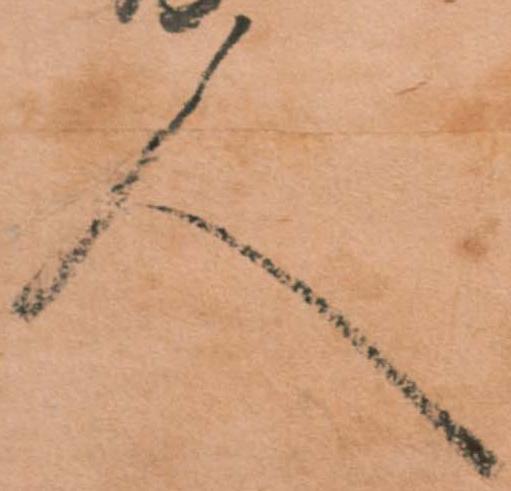
人